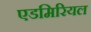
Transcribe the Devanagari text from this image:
एडमिरियल